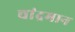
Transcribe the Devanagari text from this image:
चांद्रमान